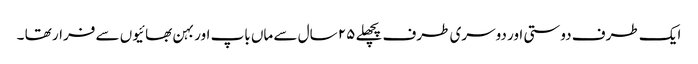
ایک طرف دوستی اور دوسری طرف پچھلے ٢۵ سال سے ماں باپ اور بہن بھائیوں سے فرار تھا ۔